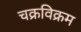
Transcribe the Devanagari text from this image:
चक्रविक्रम